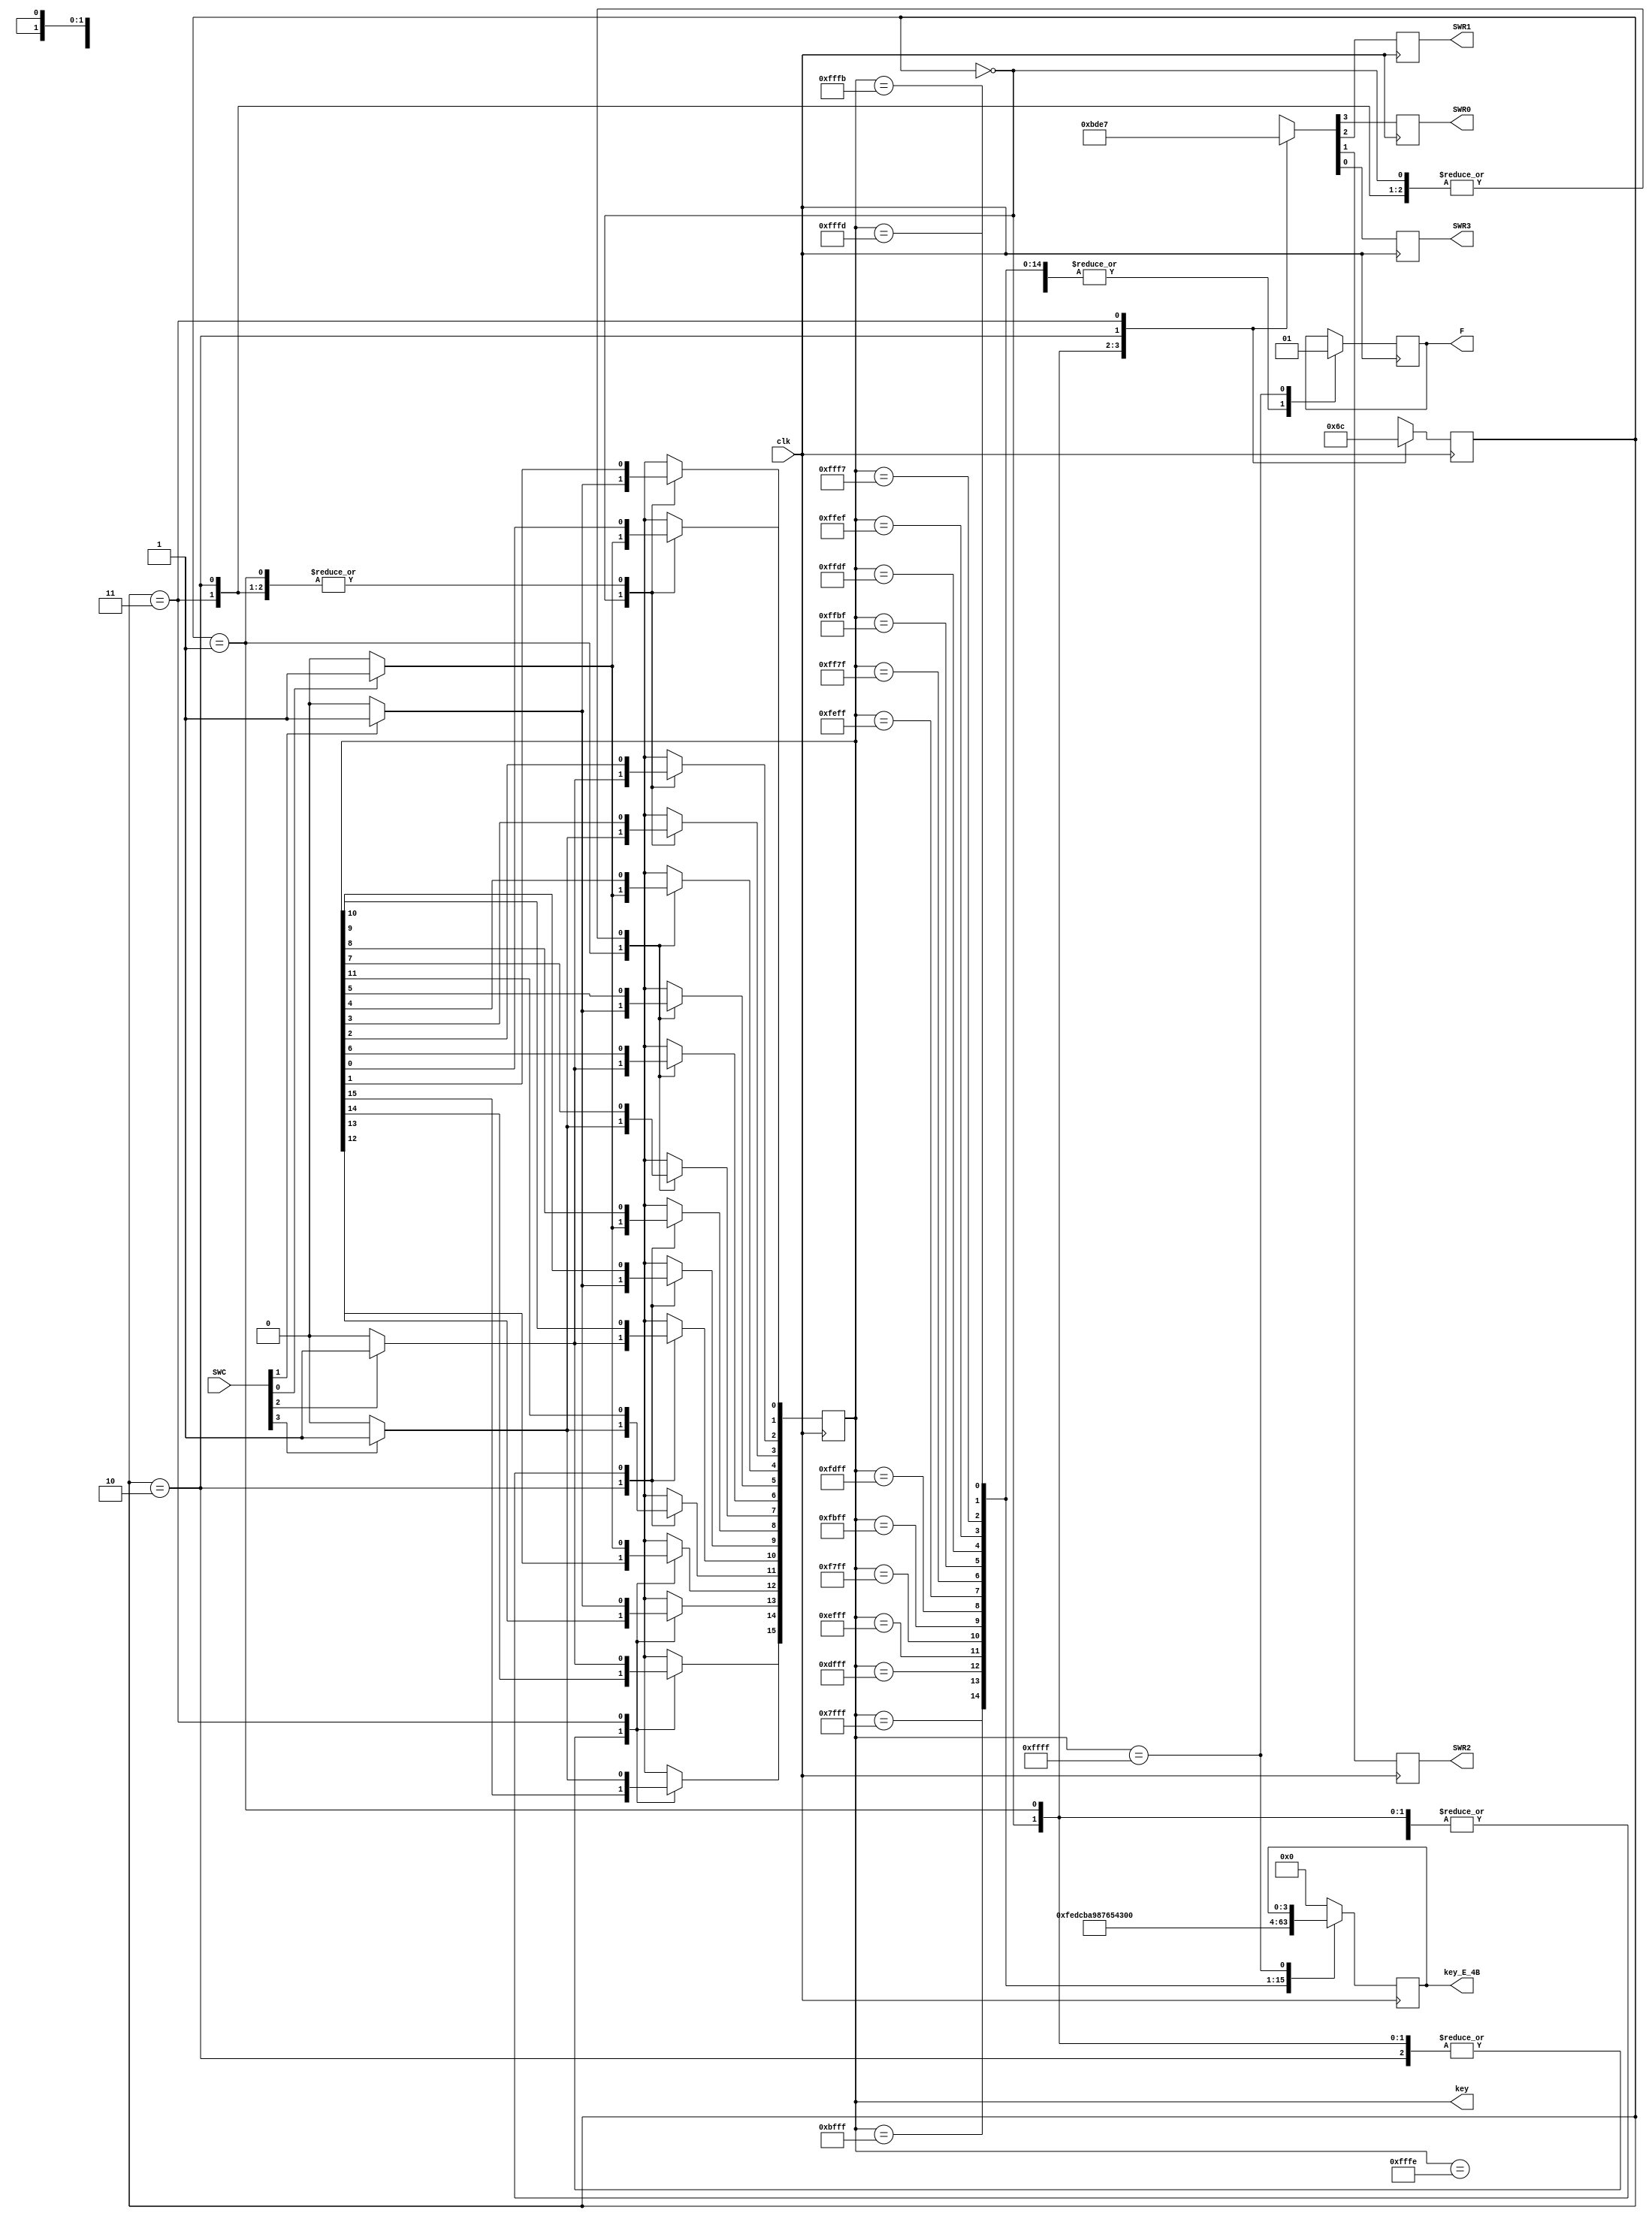
module kbd(clk,SWC,SWR0,SWR1,SWR2,SWR3,key,key_E_4B,F);
input clk;
input [3:0]SWC;//
output reg SWR0,SWR1,SWR2,SWR3;//
output reg [15:0]key=16'b1111111111111111;//16
output reg [3:0]key_E_4B;//4
output reg F;//
reg [1:0]state;
parameter S0=0,S1=1,S2=2,S3=3;
integer i,j,k,l;//for

always @ (posedge clk)//CLK
	begin
	case (state)
	S0:begin state<=S1;
		{SWR0,SWR1,SWR2,SWR3}<=4'b1011;
		end
	S1:begin state<=S2;
		{SWR0,SWR1,SWR2,SWR3}<=4'b1101;
		end
	S2:begin state<=S3;
		{SWR0,SWR1,SWR2,SWR3}<=4'b1110;
		end
	S3:begin state<=S0;
		{SWR0,SWR1,SWR2,SWR3}<=4'b0111;
		end
	default:state<=S0;
	endcase
	end

always @ (posedge clk)//
	begin
	case (state)
	S0:begin//for1-4
		for (i=0;i<=3;i=i+1)//i0-3
		begin
		if(SWC[i]==0)//key0
			begin
			key[i]=1'b0;
			end 
		else key[i]=1'b1;//key1
		end
		end
	S1:begin
		for (j=0;j<=3;j=j+1)
		begin
		if(SWC[j]==0)
			begin
			key[j+4]=1'b0;
			end 
		else key[j+4]=1'b1;
		end
		end
	S2:begin
		for (k=0;k<=3;k=k+1)
		begin
		if(SWC[k]==0)
			begin
			key[k+8]=1'b0;
			end 
		else key[k+8]=1'b1;
		end
		end
	S3:begin
		for (l=0;l<=3;l=l+1)
		begin
		if(SWC[l]==0)
			begin
			key[l+12]=1'b0;
			end 
		else key[l+12]=1'b1;
		end
		end
	default:key=16'b1111111111111111;
	endcase
	end

always @(posedge clk)//164FF=1
begin
	case (key)
	16'b0111_1111_1111_1111:begin F=0; key_E_4B=4'b1111;end
	16'b1011_1111_1111_1111:begin F=0; key_E_4B=4'b1110;end
	16'b1101_1111_1111_1111:begin F=0; key_E_4B=4'b1101;end
	16'b1110_1111_1111_1111:begin F=0; key_E_4B=4'b1100;end
	16'b1111_0111_1111_1111:begin F=0; key_E_4B=4'b1011;end
	16'b1111_1011_1111_1111:begin F=0; key_E_4B=4'b1010;end
	16'b1111_1101_1111_1111:begin F=0; key_E_4B=4'b1001;end
	16'b1111_1110_1111_1111:begin F=0; key_E_4B=4'b1000;end
	16'b1111_1111_0111_1111:begin F=0; key_E_4B=4'b0111;end
	16'b1111_1111_1011_1111:begin F=0; key_E_4B=4'b0110;end
	16'b1111_1111_1101_1111:begin F=0; key_E_4B=4'b0101;end
	16'b1111_1111_1110_1111:begin F=0; key_E_4B=4'b0100;end
	16'b1111_1111_1111_0111:begin F=0; key_E_4B=4'b0011;end
	16'b1111_1111_1111_1011:begin F=0; key_E_4B=4'b0010;end
	16'b1111_1111_1111_1101:begin F=0; key_E_4B=4'b0001;end
	16'b1111_1111_1111_1110:begin F=0; key_E_4B=4'b0000;end
	16'b1111_1111_1111_1111:begin F=1; key_E_4B=key_E_4B;end//4
	default:key_E_4B=4'b0000;////
	endcase
end
endmodule